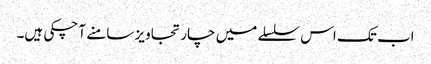
اب تک اس سلسلے میں چار تجاویز سامنے آ چکی ہیں۔